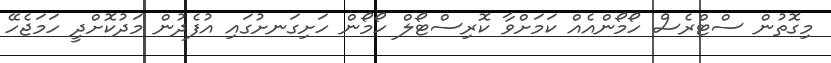
މިގޮތުން ސްޓްރެސް ހޯމޯންއެއް ކަމަށްވާ ކޮރިސްޓޯލް ހޯމޯން ހަށިގަނށުގައި އުފެދުން މަދުކޮށްދީ ހަމަޖެހޭ